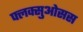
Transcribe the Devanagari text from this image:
फ्लक्सुओसस